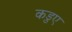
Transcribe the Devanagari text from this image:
कड़ुए